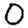
Digit: 0